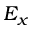
E _ { x }